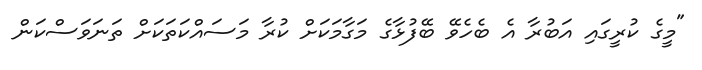
"މީގެ ކުރީގައި އަބުރާ އެ ބެހެވޭ ބޭފުޅާގެ މަގާމަކަށް ކުރާ މަސައްކަތަކަށް ތަނަވަސްކަން